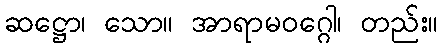
ဆဋ္ဌော၊ သော။ အာရာမဝဂ္ဂေါ၊ တည်း။